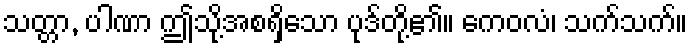
သတ္တာ, ပါဏာ ဤသို့အစရှိသော ပုဒ်တို့၏။ ကေဝလံ၊ သက်သက်။